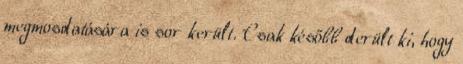
megmosdatására is sor került. Csak később derült ki, hogy